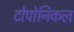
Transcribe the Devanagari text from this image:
टोपोनिकल